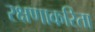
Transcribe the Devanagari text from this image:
रक्षणाकरिता